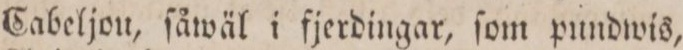
Cabeljou, ſåwäl i fjerdingar, ſom pundwis,